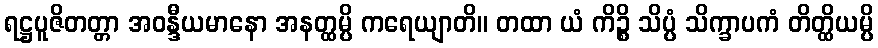
ရဋ္ဌပူဇိတတ္တာ အဝန္ဒီယမာနော အနတ္ထမ္ပိ ကရေယျာတိ။ တထာ ယံ ကိဉ္စိ သိပ္ပံ သိက္ခာပကံ တိတ္ထိယမ္ပိ